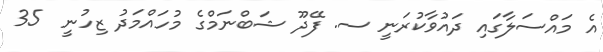
އެ މައްސަލާގައި ދައުވާކުރަނީ ސ. ފޭދޫ ޝަބްނަމްގެ މުހައްމަދު ޒިހުނީ  35